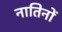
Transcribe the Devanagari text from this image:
नातिनों